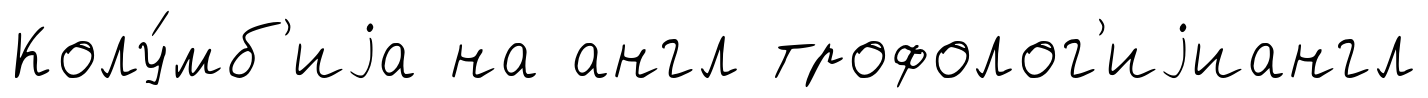
Колу́мб'иjа на англ трофолог'иjиангл